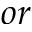
o r